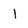
Character: 1